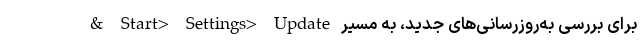
برای بررسی به‌روزرسانی‌های جدید، به مسیر Start> Settings> Update &